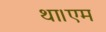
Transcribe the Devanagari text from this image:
था।एम